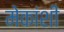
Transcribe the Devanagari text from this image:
मेकांशी